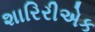
શારિરીએક